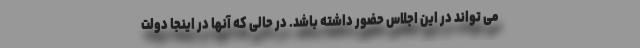
می تواند در این اجلاس حضور داشته باشد. در حالی که آنها در اینجا دولت